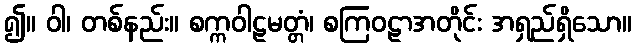
၍။ ဝါ၊ တစ်နည်း။ စက္ကဝါဠမတ္တံ၊ စကြဝဠာအတိုင်း အရှည်ရှိသော။